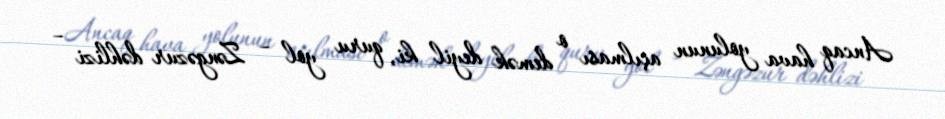
Ancaq hava yolunun açılması o demək deyil ki, quru yol – Zəngəzur dəhlizi –